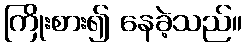
ကြိုးစား၍ နေခဲ့သည်။